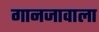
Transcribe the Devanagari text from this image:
गानजावाला